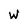
Character: w